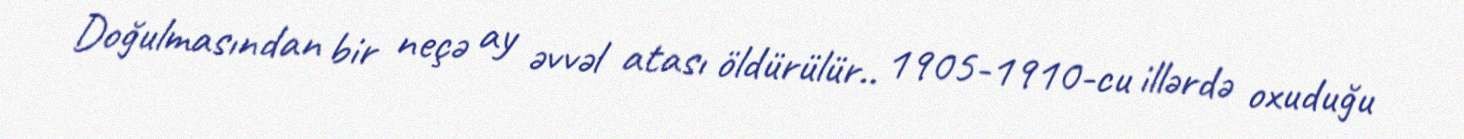
Doğulmasından bir neçə ay əvvəl atası öldürülür.. 1905-1910-cu illərdə oxuduğu